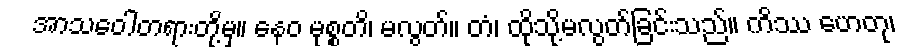
အာသဝေါတရားတို့မှ။ နေဝ မုစ္စတိ၊ မလွတ်။ တံ၊ ထိုသို့မလွတ်ခြင်းသည်။ ကိဿ ဟေတု၊